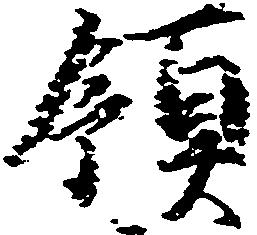
領